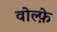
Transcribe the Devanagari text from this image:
वोल्फ़े